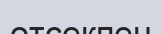
отсекпен